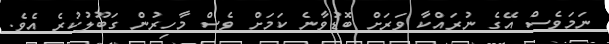
ނަމަވެސް އޭގެ ނުރައްކާ ވަރަށް ބޮޑުވާނެ ކަމަށް ވެސް މާހިރުން ގަބޫލުކުރެ އެވެ.